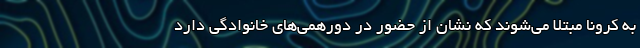
به کرونا مبتلا می‌شوند که نشان از حضور در دورهمی‌های خانوادگی دارد